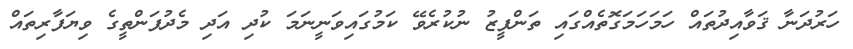
ހަރުދަނާ ޤަވާއިދުތައް ހަމަހަމަގޮތެއްގައި ތަންފީޒު ނުކުރެވޭ ކަމުގައިވަނީނަމަ ކުދި އަދި މެދުފަންތީގެ ވިޔަފާރިތައް